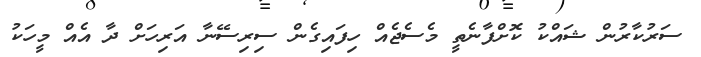
ސަރުކާރުން ޝައްކު ކޮށްފާނެތީ މެސެޖެއް ހިފައިގެން ސިރިސޭނާ އަރިހަށް ދާ އެއް މީހަކު